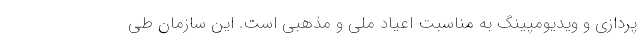
پردازی و ویدیومپینگ به مناسبت اعیاد ملی و مذهبی است. این سازمان طی